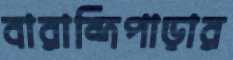
বারান্দিপাড়ার